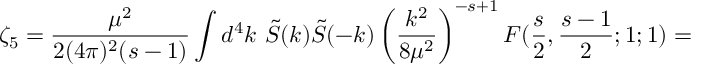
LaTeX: \zeta _ { 5 } = \frac { \mu ^ { 2 } } { 2 ( 4 \pi ) ^ { 2 } ( s - 1 ) } \int d ^ { 4 } k \ \tilde { S } ( k ) \tilde { S } ( - k ) \left( \frac { k ^ { 2 } } { 8 \mu ^ { 2 } } \right) ^ { - s + 1 } F ( \frac { s } { 2 } , \frac { s - 1 } { 2 } ; 1 ; 1 ) =